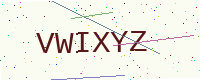
Text: VWIXYZ